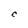
Character: C